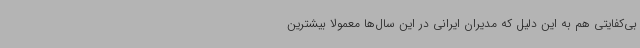
بی‌کفایتی هم به این دلیل که مدیران ایرانی در این سال‌ها معمولا بیشترین